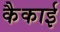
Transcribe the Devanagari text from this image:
कैकाई